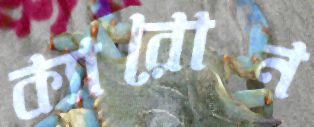
ক্যারোন